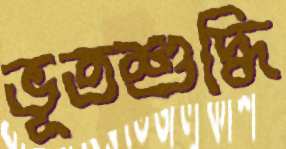
ভূতশুদ্ধি